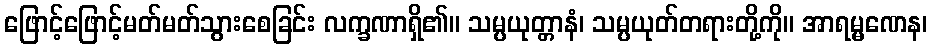
ဖြောင့်ဖြောင့်မတ်မတ်သွားစေခြင်း လက္ခဏာရှိ၏။ သမ္ပယုတ္တာနံ၊ သမ္ပယုတ်တရားတို့ကို။ အာရမ္မဏေန၊